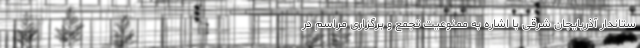
ستاندار آذربایجان شرقی با اشاره به ممنوعیت تجمع و برگزاری مراسم در